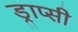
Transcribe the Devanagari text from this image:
ड्राप्सी